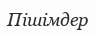
Пішімдер